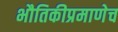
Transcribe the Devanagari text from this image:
भौतिकीप्रमाणेच